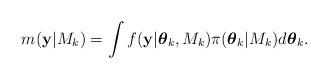
LaTeX: \begin{align*}m(\mathbf{y} | M_{k})=\int f(\mathbf{y} | \boldsymbol{\theta}_{k}, M_{k})\pi(\boldsymbol{\theta}_{k} | M_{k})d\boldsymbol{\theta}_{k}.\end{align*}